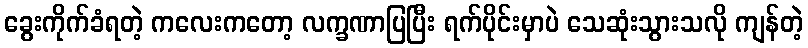
ခွေးကိုက်ခံရတဲ့ ကလေးကတော့ လက္ခဏာပြပြီး ရက်ပိုင်းမှာပဲ သေဆုံးသွားသလို ကျန်တဲ့